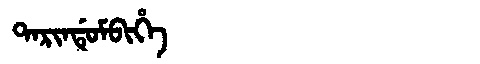
Manchu: ᡨᠠᡵᡳᠨᡩᡠᠮᠪᡳᡥᡝ
Romanization: TARINDUMBIHE